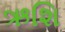
ઋશિ